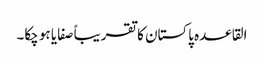
القاعدہ پاکستان کا تقریباً صفایا ہو چکا۔